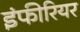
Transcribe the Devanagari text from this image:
इंफीरियर